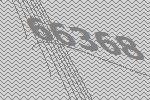
66368